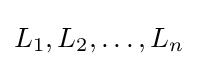
L_{1},L_{2},\dots ,L_{n}